画像に写った文字を読んでください
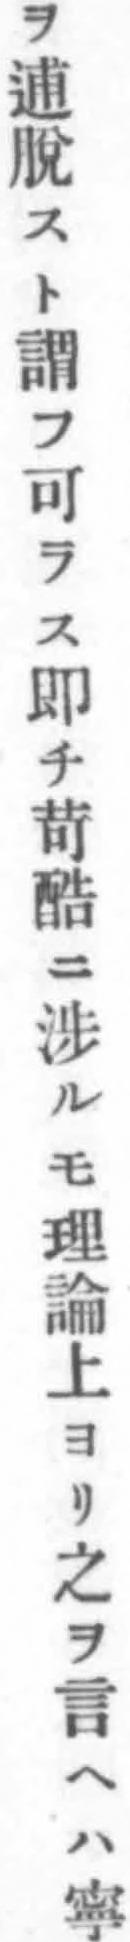
「ヲ逋脫スト謂フ可ラス即チ苛酷ニ渉ルモ理論上ヨリ之ヲ言ヘハ寧」と書いてあります